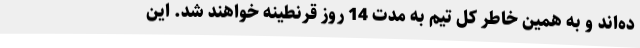
ده‌اند و به همین خاطر کل تیم به مدت 14 روز قرنطینه خواهند شد. این